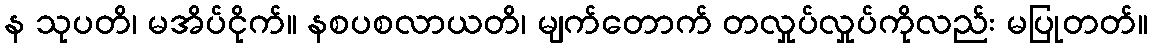
န သုပတိ၊ မအိပ်ငိုက်။ နစပစလာယတိ၊ မျက်တောက် တလှုပ်လှုပ်ကိုလည်း မပြုတတ်။